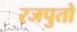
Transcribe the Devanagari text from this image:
रजपुतो